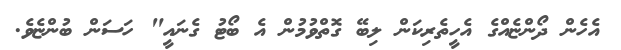
އެހެން ދޯންޏެއްގެ އެހީތެރިކަން ލިބޭ ގޮތްވުމުން އެ ބޯޓު ގެނައީ" ހަސަން ބުންޏެވެ.